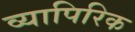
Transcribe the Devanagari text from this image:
व्यापिरिक